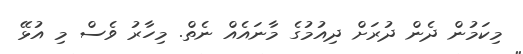
މިކަމުން ދެން ދުރަށް ދިއުމުގެ މާނައެއް ނެތް. މިހާރު ވެސް މި އުޅޭ